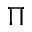
\boldsymbol { \Pi }